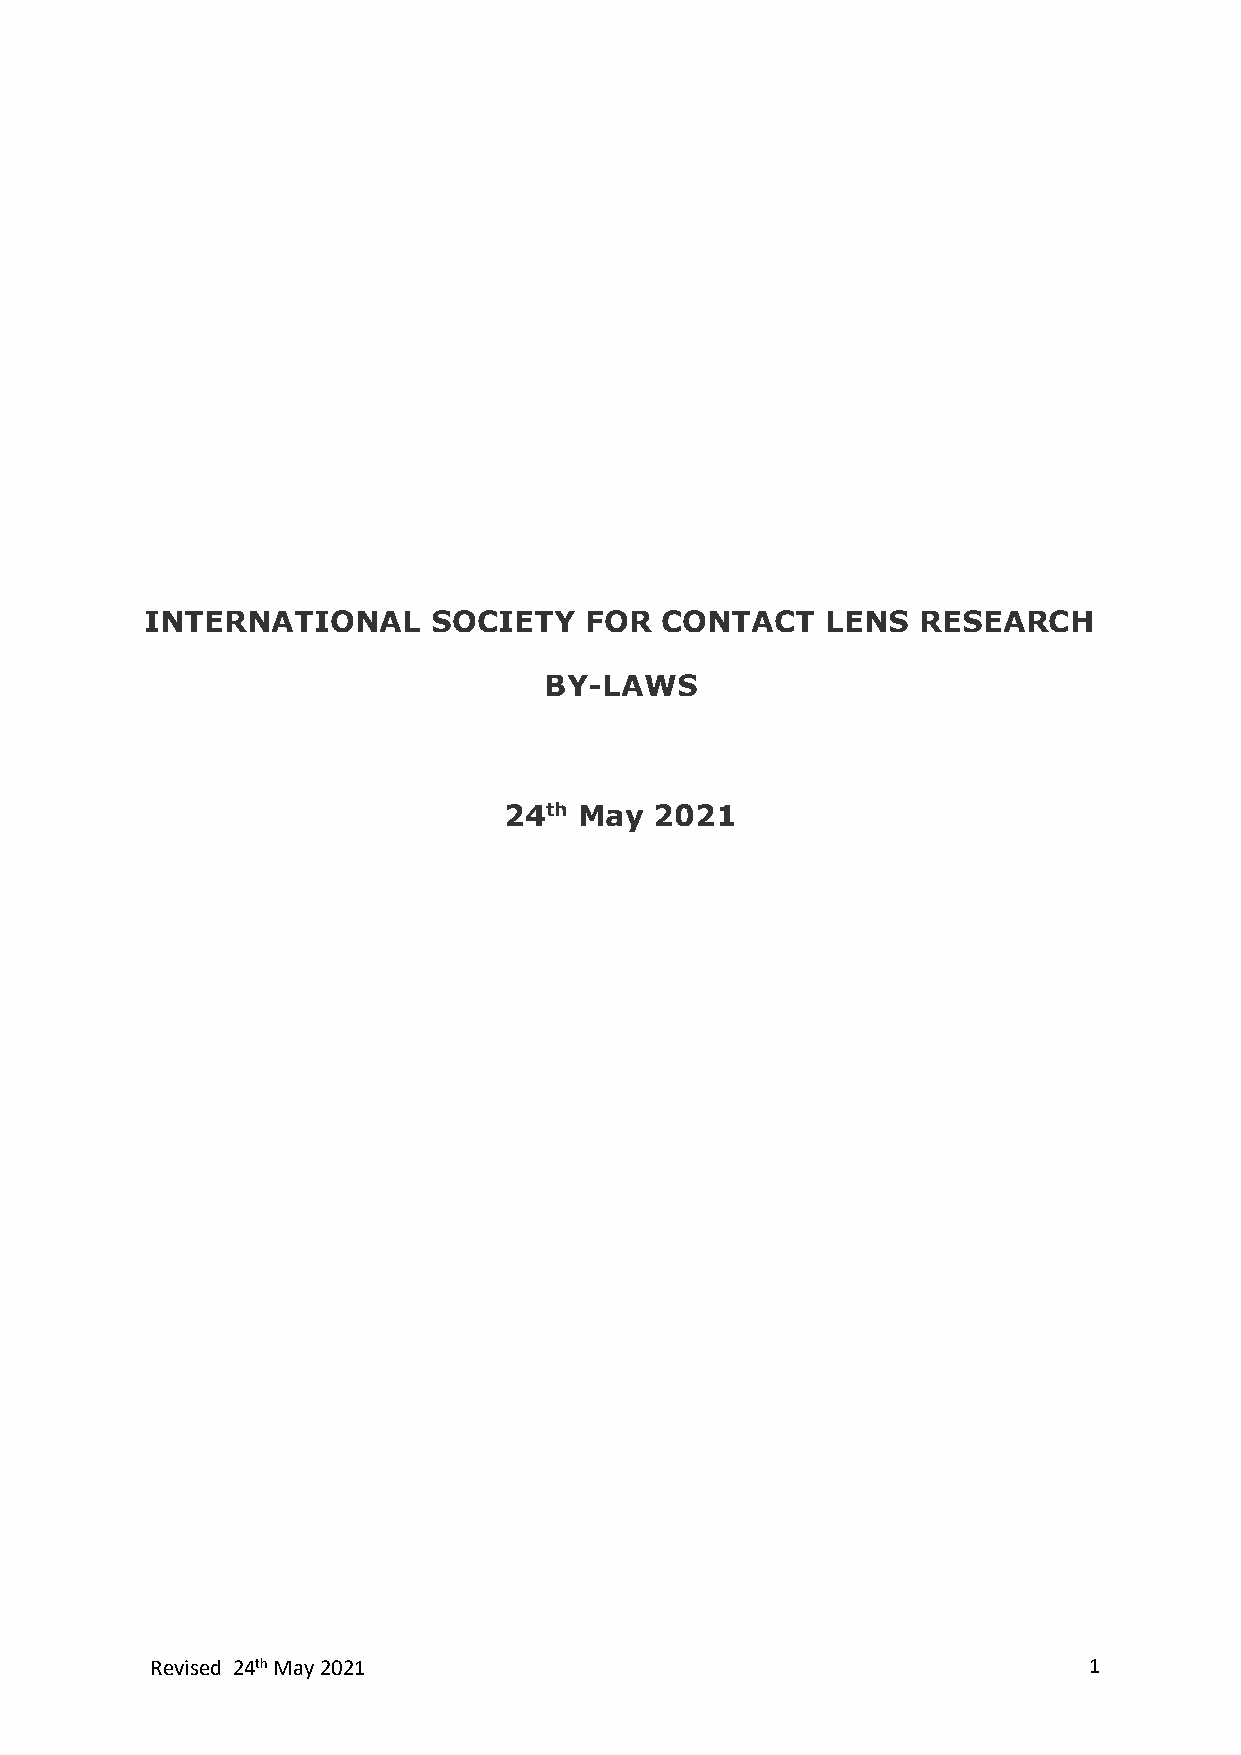
INTERNATIONAL      SOCIETY   FOR  CONTACT    LENS  RESEARCH
 BY-LAWS
 24th May  2021
 Revised 24th May 2021                                         1